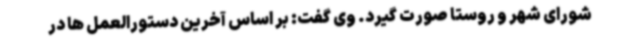
شورای شهر و روستا صورت گیرد. وی گفت: بر اساس آخرین دستورالعمل ها در